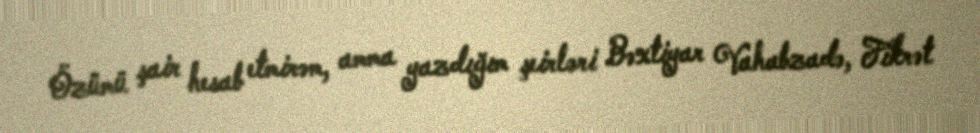
Özümü şair hesab etmirəm, amma yazdığım şeirləri Bəxtiyar Vahabzadə, Fikrət